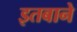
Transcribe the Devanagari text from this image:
इतबाने